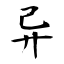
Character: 异